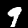
Digit: 9